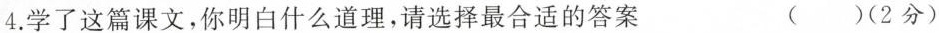
4.学了这篇课文，你明白什么道理，请选择最合适的答案 ( )(2分)